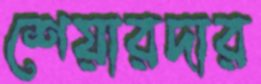
শেয়ারদার